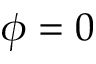
\phi = 0